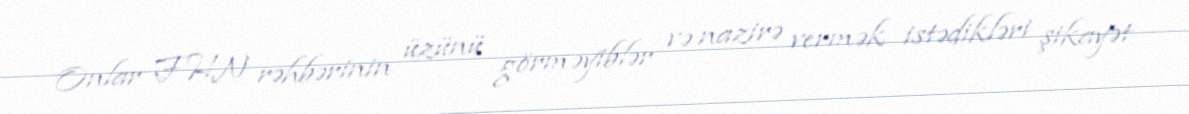
Onlar FHN rəhbərinin üzünü görməyiblər və nazirə vermək istədikləri şikayət